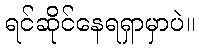
ရင်ဆိုင်နေရရှာမှာပဲ။